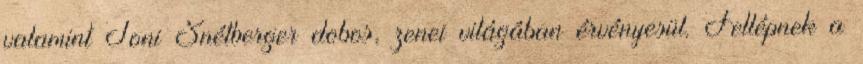
valamint Toni Snétberger dobos, zenei világában érvényesül. Fellépnek a